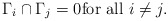
\begin{align*} \Gamma_i \cap \Gamma_j = 0 \mbox{for all } i \neq j.\end{align*}